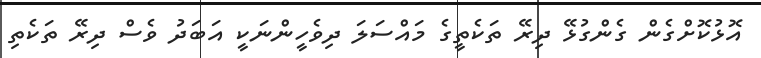
އޮޅުކޮށްގެން ގެންގުޅޭ ދިރޭ ތަކެތީގެ މައްސަލަ ދިވެހީންނަކީ އަބަދު ވެސް ދިރޭ ތަކެތި